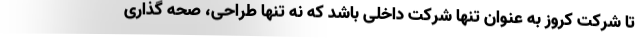
تا شرکت کروز به عنوان تنها شرکت داخلی باشد که نه تنها طراحی، صحه گذاری